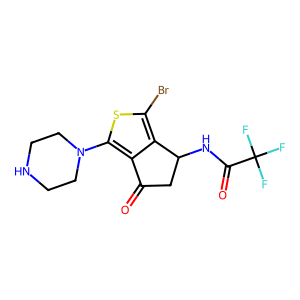
SMILES: O=C1CC(NC(=O)C(F)(F)F)c2c(Br)sc(N3CCNCC3)c21
Inhibits HIV replication: No